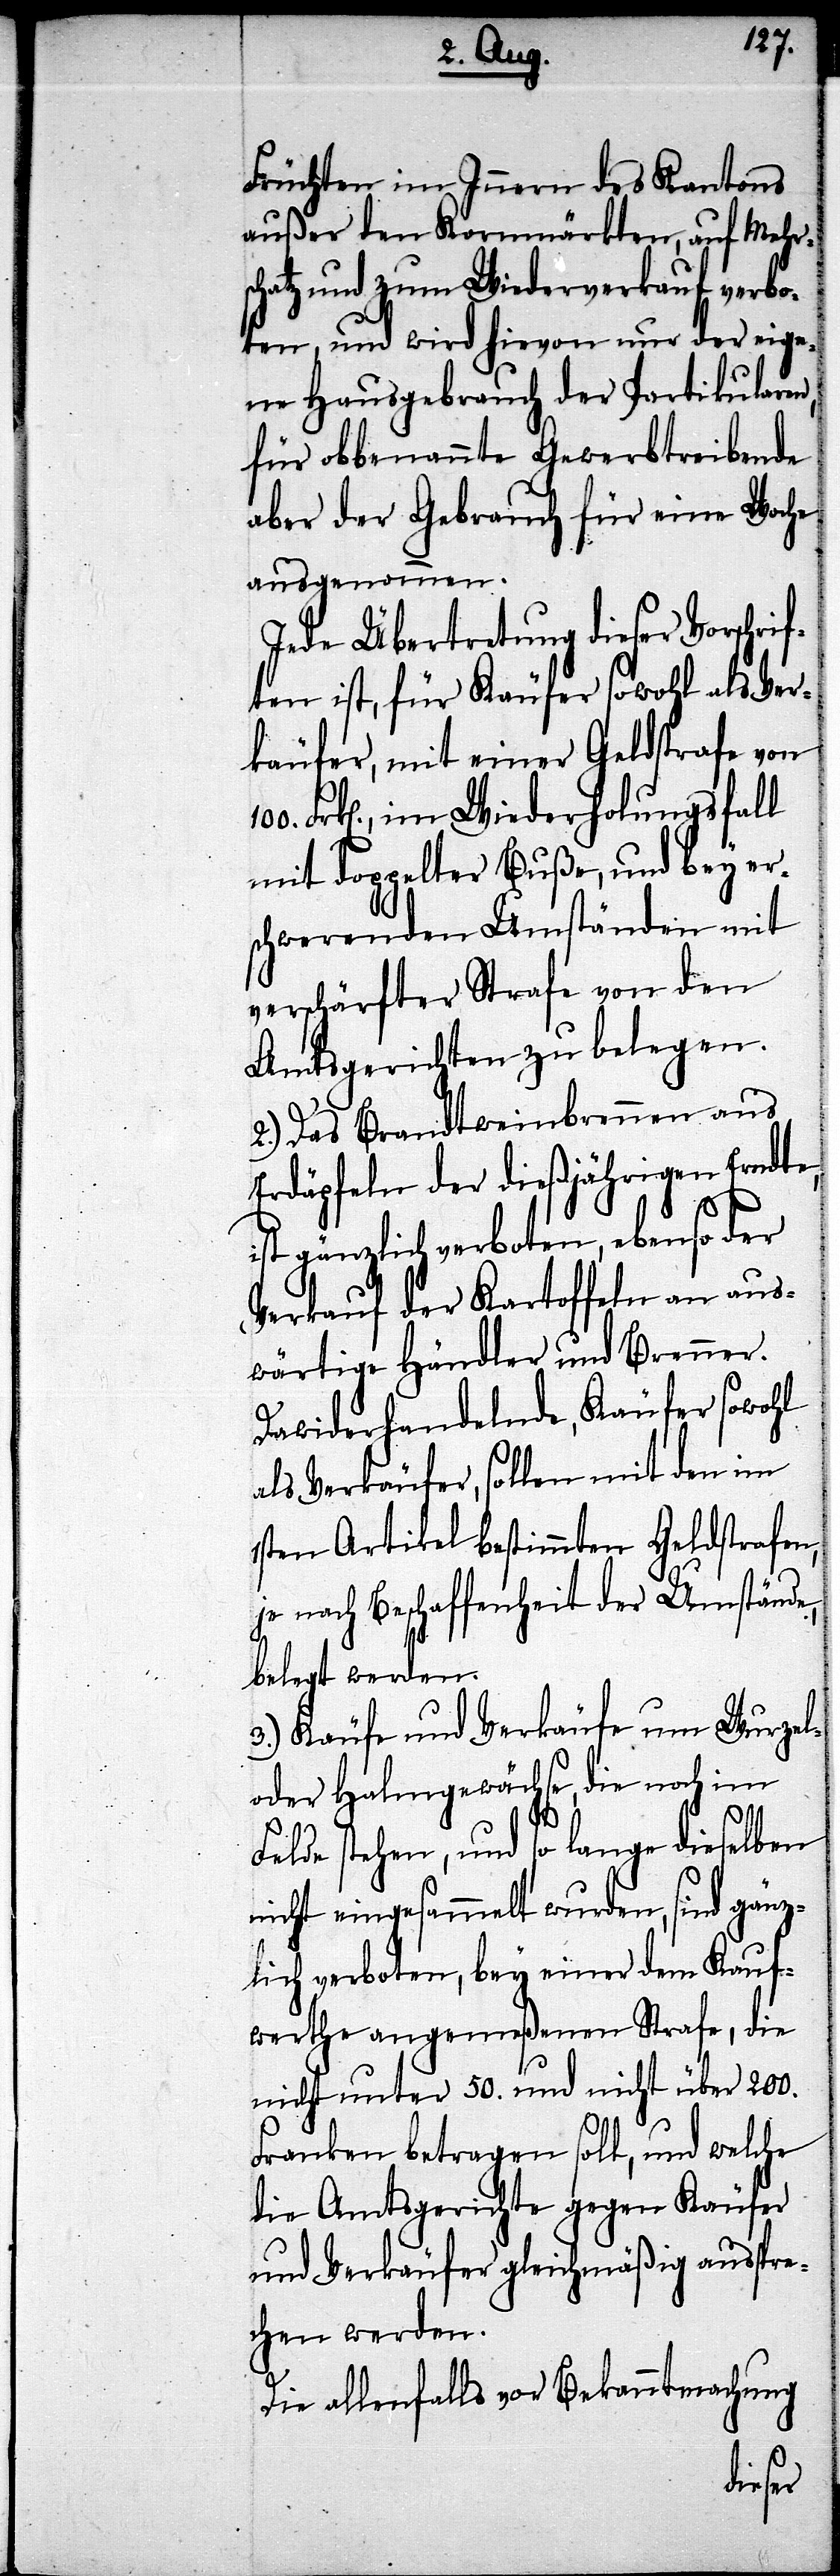
Früchten im Innern des Kantons
außer den Kornmärkten, auf Mehr¬
schatz und zum Wiederverkauf verbo¬
ten, und wird hievon nur der eige¬
ne Hausgebrauch der Partikularen,
für obbenannte Gewerbtreibende
aber der Gebrauch für eine Woche
ausgenommen.
Jede Übertretung dieser Vorschrif¬
ten ist, für Käufer sowohl als Ver¬
käufer, mit einer Geldstrafe von
Frk[en]., im Wiederholungsfall
mit doppelter Buße, und bey er¬
schwerenden Umständen mit
verschärfter Strafe von den
Amtsgerichten zu belegen.
2.) Das Brandtweinbrennen aus
Erdäpfeln der dießjährigen Erndte,
F¬
ist gänzlich verboten, ebenso der
Verkauf der Kartoffeln an aus¬
wärtige Händler und Brenner.
Dawiderhandelnde, Käufer sowohl
als Verkäufer, sollen mit den im
1sten Artikel bestimmten Geldstrafen,
je nach Beschaffenheit der Umstände,
belegt werden.
3.) Käufe und Verkäufe um Wurzel-
oder Halmgewächse, die noch im
elde stehen, und so lange dieselben
nicht eingesammelt wurden, sind gänz¬
lich verboten, bey einer dem Kauf¬
werthe angemeßenen Strafe, die
nicht unter 50. und nicht über 200.
Franken betragen soll, und welche
die Amtsgerichte gegen Käufer
und Verkäufer gleichmäßig ausspre¬
chen werden.
Die allenfalls vor Bekanntmachung